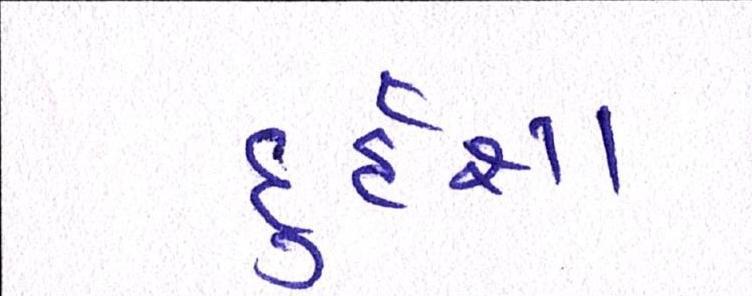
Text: દુર્દશા